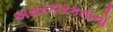
અસરકારકતાનો